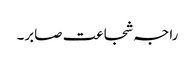
راجہ شجاعت صابر۔